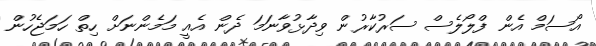
އޯސަމް އެން ފްލޯލެސް ސަރުކާރުން ވިދާޅުވާނަމަ ދެން އެއީ މަމެންނަށް ހިތް ހަމަޖެހުން